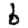
Digit: 6